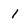
Character: l